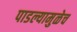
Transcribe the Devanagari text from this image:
पाडल्यामुळेच